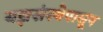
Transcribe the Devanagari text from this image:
यज्ञसंस्थेपासून